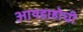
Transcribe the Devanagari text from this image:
आयडाहोची